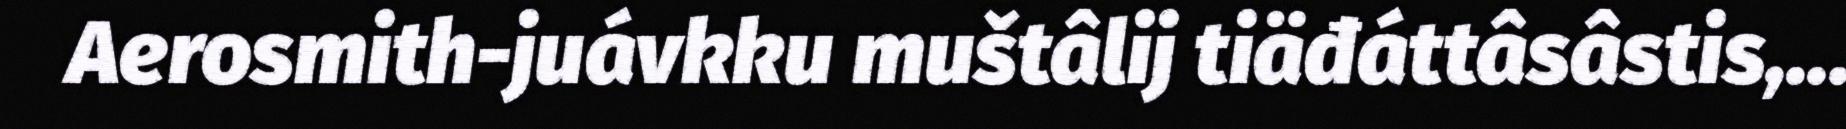
Aerosmith-juávkku muštâlij tiäđáttâsâstis,...